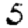
Digit: 5